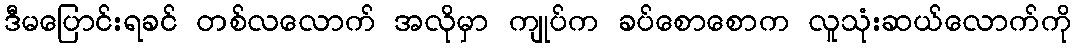
ဒီမပြောင်းရခင် တစ်လလောက် အလိုမှာ ကျုပ်က ခပ်စောစောက လူသုံးဆယ်လောက်ကို